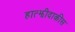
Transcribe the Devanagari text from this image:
हात्झीदाकीस